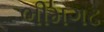
ભીમગઢ